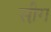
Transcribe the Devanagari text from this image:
सी़ंग